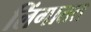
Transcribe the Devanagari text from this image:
लिंगातत